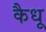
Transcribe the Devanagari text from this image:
कैधू